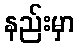
နည်းမှာ